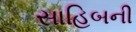
સાહિબની